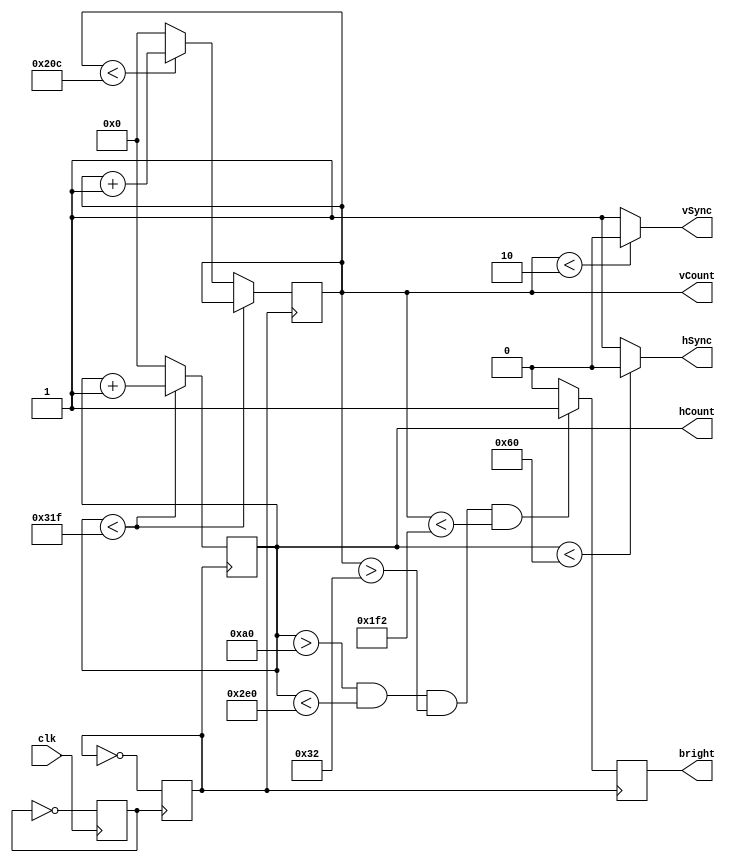
`timescale 1ns / 1ps
//////////////////////////////////////////////////////////////////////////////////
// Company: 
// Engineer: 
// 
// Design Name: 
// Module Name:    DisplayController 
// Project Name: 
// Target Devices: 
// Tool versions: 
// Description: 
//
// Dependencies: 
//
// Revision: 
// Revision 0.01 - File Created

// Additional Comments:  https://learn.digilentinc.com/Documents/269
// - Use Bahavioural Modelling (always, initial)
// - Use the Following: clock divider, two counters(horizontal counter, vertical
// counter), 
//////////////////////////////////////////////////////////////////////////////////
module display_controller(
	input clk,
	output hSync, vSync,
	output reg bright,
	output reg[9:0] hCount, 
	output reg [9:0] vCount // Covers 800, width of the screen, because it's 2^10
	);
	
	reg pulse;
	reg clk25;
	
	initial begin // Set all of them initially to 0
		clk25 = 0;
		pulse = 0;
	end
	
	always @(posedge clk)
		pulse = ~pulse;
	always @(posedge pulse)
		clk25 = ~clk25;
		
	always @ (posedge clk25)
		begin
		if (hCount < 10'd799)
			begin
			hCount <= hCount + 1;
			end
		else if (vCount < 10'd524)
			begin
			hCount <= 0;
			vCount <= vCount + 1;
			end
		else
			begin
			hCount <= 0;
			vCount <= 0;
			end
		end
		
	assign hSync = (hCount < 96) ? 0:1;
	assign vSync = (vCount < 2) ? 0:1;
	
	localparam row_width = 7'd56;
    localparam col_width = 7'd72;
    localparam h_offset = 10'd160;
    localparam v_offset = 10'd50;
		
	always @(posedge clk25)
		begin
		if(hCount > h_offset && hCount < col_width*8+h_offset && vCount > v_offset && vCount < row_width*8+v_offset)
			bright <= 1;
		else
			bright <= 0;
		end	
		
endmodule